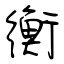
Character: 衡